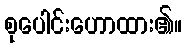
စုပေါင်းဟောထား၏။